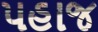
પહાજ